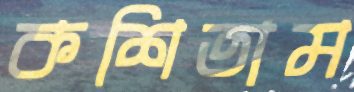
কশিতাম